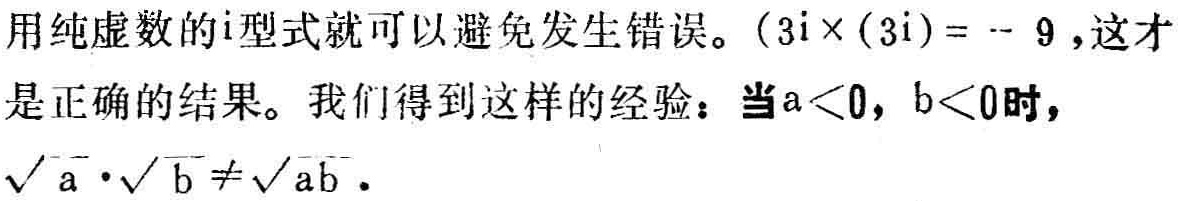
用纯虚数的\(i\)型式就可以避免发生错误。\((3i\times(3i)= - 9\)，这才是正确的结果。我们得到这样的经验：当\(a<0\)，\(b<0\)时，\(\sqrt{a}\cdot\sqrt{b}\neq\sqrt{ab}\)。